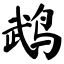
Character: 鹉